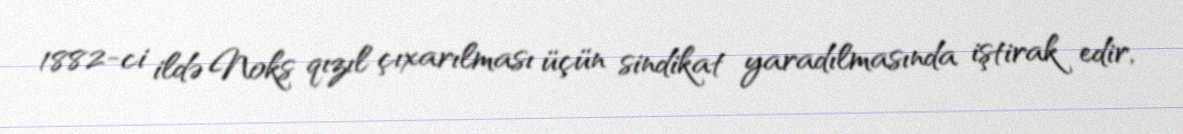
1882-ci ildə Noks qızıl çıxarılması üçün sindikat yaradılmasında iştirak edir,